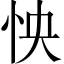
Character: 怏